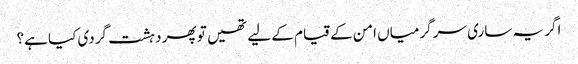
اگر یہ ساری سر گرمیاں امن کے قیام کے لیے تھیں تو پھر دہشت گردی کیا ہے؟